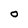
Character: o